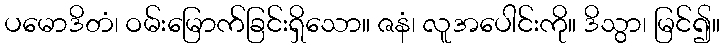
ပမောဒိတံ၊ ဝမ်းမြောက်ခြင်းရှိသော။ ဇနံ၊ လူအပေါင်းကို။ ဒိသွာ၊ မြင်၍။